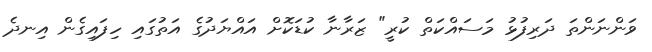
ވަންނަންތަ ދަރިފުޅު މަސައްކަތް ކުރީ" ޒަރާނާ ކުޑަކޮށް އައްޔަދުގެ އަތުގައި ހިފައިގެން އިނދެ